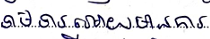
ទាមទារអោយមានការ